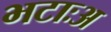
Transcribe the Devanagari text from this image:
भटाःअ